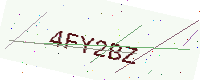
Text: 4FY2BZ